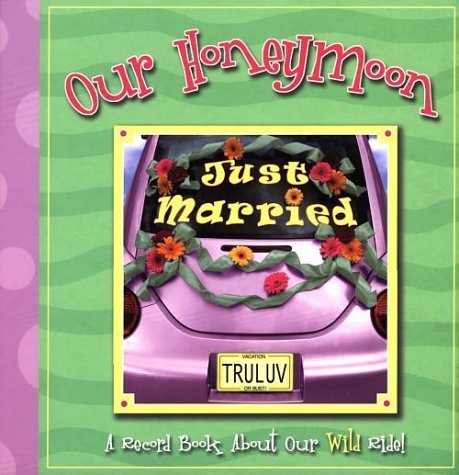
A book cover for Our Honeymoon: A Record Book of Our Getaway; Linda Spivey; Crafts, Hobbies & Home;